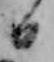
日